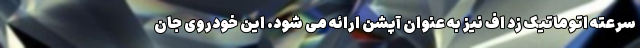
سرعته اتوماتیک زد اف نیز به عنوان آپشن ارائه می شود. این خودروی جان